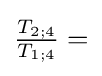
{\tfrac {T_{2;4}}{T_{1;4}}}=